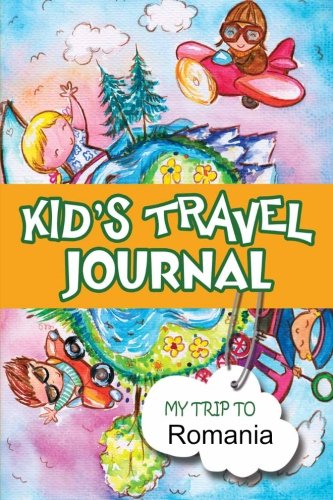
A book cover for Kids Travel Journal: My Trip to Romania; Bluebird Books; Travel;